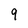
Character: 9